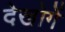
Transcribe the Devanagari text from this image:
देखोगें